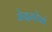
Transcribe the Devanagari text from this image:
मेइगोगं